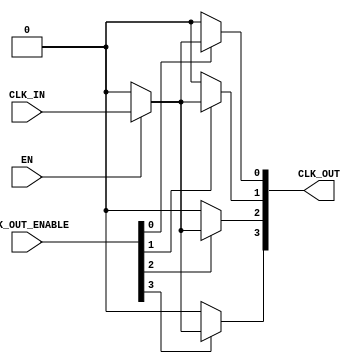
module low_power_clock_buffer #(
    parameter NUM_OUTPUTS = 4  // Configurable number of clock outputs
)(
    input wire CLK_IN,          // Single-ended clock input
    input wire EN,              // Enable signal
    input wire [NUM_OUTPUTS-1:0] CLK_OUT_ENABLE, // Individual output enables
    output wire [NUM_OUTPUTS-1:0] CLK_OUT          // Multiple clock outputs
);

    // Internal signals for clock gating
    wire gated_clk;

    // Clock gating logic
    assign gated_clk = EN ? CLK_IN : 1'b0; // If EN is high, pass CLK_IN; otherwise, output 0

    // Buffering and output generation
    genvar i;
    generate
        for (i = 0; i < NUM_OUTPUTS; i = i + 1) begin : clk_out_gen
            // Output clock generation with enable control
            assign CLK_OUT[i] = CLK_OUT_ENABLE[i] ? gated_clk : 1'b0; // Output clock based on individual enable
        end
    endgenerate

endmodule